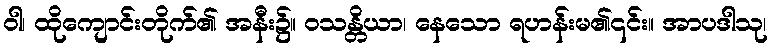
ဝါ၊ ထိုကျောင်းတိုက်၏ အနီး၌။ ဝသန္တိယာ၊ နေသော ရဟန်းမ၏၎င်း။ အာပဒါသု၊